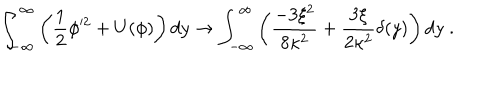
LaTeX: \int _ { - \infty } ^ { \infty } \left( \frac { 1 } { 2 } \phi ^ { 2 } + U ( \phi ) \right) d y \rightarrow \int _ { - \infty } ^ { \infty } \left( \frac { - 3 \xi ^ { 2 } } { 8 \kappa ^ { 2 } } + \frac { 3 \xi } { 2 \kappa ^ { 2 } } \delta ( y ) \right) d y \; .